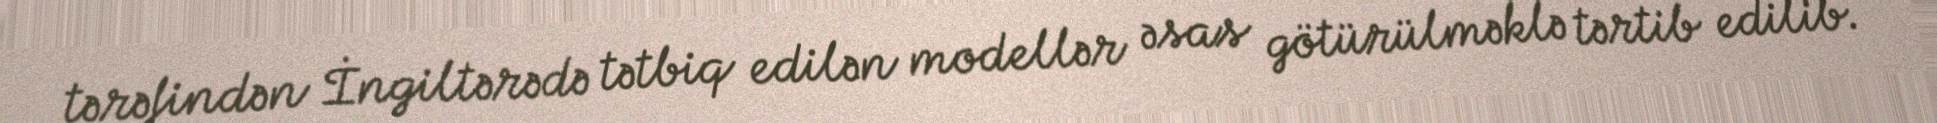
tərəfindən İngiltərədə tətbiq edilən modellər əsas götürülməklə tərtib edilib.